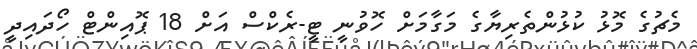
މެޗުގެ މޮޅު ކުޅުންތެރިޔާގެ މަގާމަށް ހޮވުނީ ޓީ-ރެކްސް އަށް 18 ޕޮއިންޓް ހޯދައިދީ